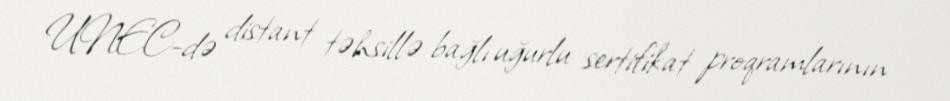
UNEC-də distant təhsillə bağlı uğurlu sertifikat proqramlarının